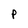
Character: P